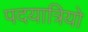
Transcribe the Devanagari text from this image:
पदयात्रियो